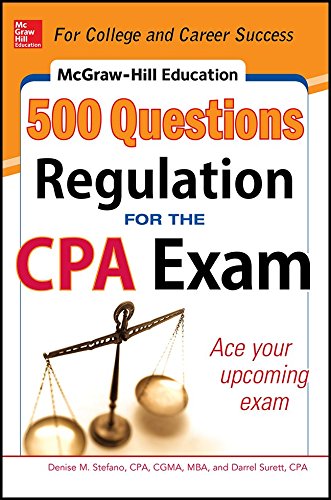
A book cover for McGraw-Hill Education 500 Regulation Questions for the CPA Exam (McGraw-Hill's 500 Questions); Denise M. Stefano; Test Preparation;